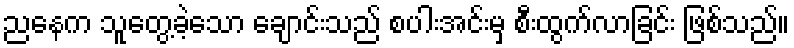
ညနေက သူတွေ့ခဲ့သော ချောင်းသည် စပါးအင်းမှ စီးထွက်လာခြင်း ဖြစ်သည်။